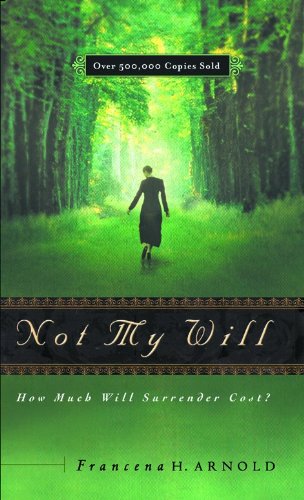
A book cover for Not My Will: How Much Will Surrender Cost?; Francena H. Arnold; Religion & Spirituality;